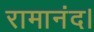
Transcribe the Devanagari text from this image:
रामानंद।